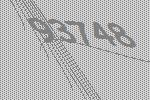
93748